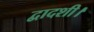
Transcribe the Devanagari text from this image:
द्वादशी।